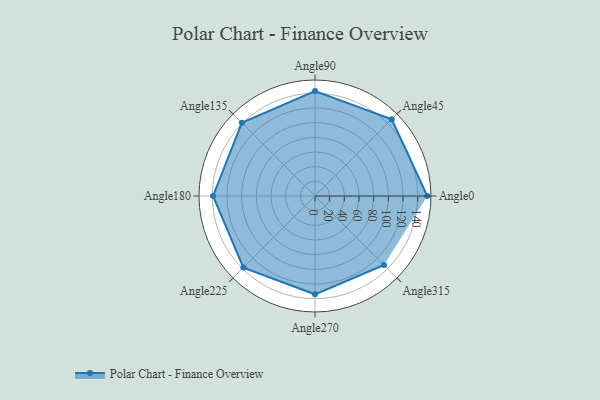
{"axis": {"x": "Angle", "y": "Radius"}, "legend": [""], "data": [{"x": "Angle0", "y": 153.0, "type": ""}, {"x": "Angle45", "y": 148.0, "type": ""}, {"x": "Angle90", "y": 143.0, "type": ""}, {"x": "Angle135", "y": 141.0, "type": ""}, {"x": "Angle180", "y": 139.0, "type": ""}, {"x": "Angle225", "y": 138.0, "type": ""}, {"x": "Angle270", "y": 134.0, "type": ""}, {"x": "Angle315", "y": 133.0, "type": ""}]}